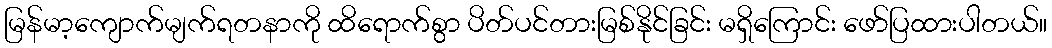
မြန်မာ့ကျောက်မျက်ရတနာကို ထိရောက်စွာ ပိတ်ပင်တားမြစ်နိုင်ခြင်း မရှိကြောင်း ဖော်ပြထားပါတယ်။